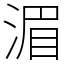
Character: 湄